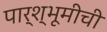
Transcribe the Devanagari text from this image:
पार्श्भूमीची